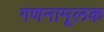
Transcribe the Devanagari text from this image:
गणनामूलक